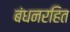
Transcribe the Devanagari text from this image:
बंधनरहित